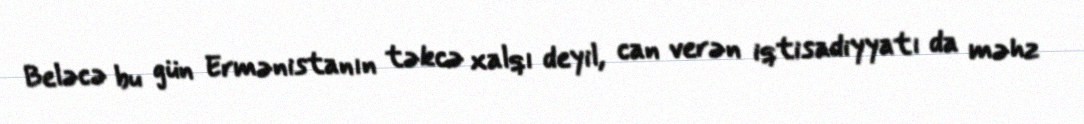
Beləcə bu gün Ermənistanın təkcə xalqı deyil, can verən iqtisadiyyatı da məhz